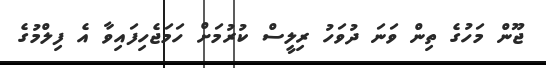
ޖޫން މަހުގެ ތިން ވަނަ ދުވަހު ރިލީސް ކުރުމަށް ހަމަޖެހިފައިވާ އެ ފިލްމުގެ